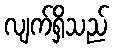
လျက်ရှိသည်